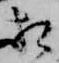
相